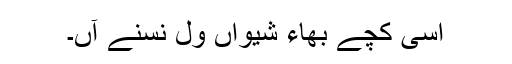
اسی کچے بھاء شیواں ول نَسنے آں۔